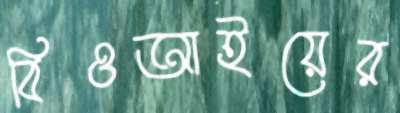
বিওআইয়ের